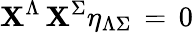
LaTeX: \mathbf{X}^{\Lambda}\, \mathbf{X}^{\Sigma}\eta_{\Lambda\Sigma}\, =\, 0